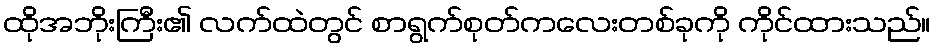
ထိုအဘိုးကြီး၏ လက်ထဲတွင် စာရွက်စုတ်ကလေးတစ်ခုကို ကိုင်ထားသည်။